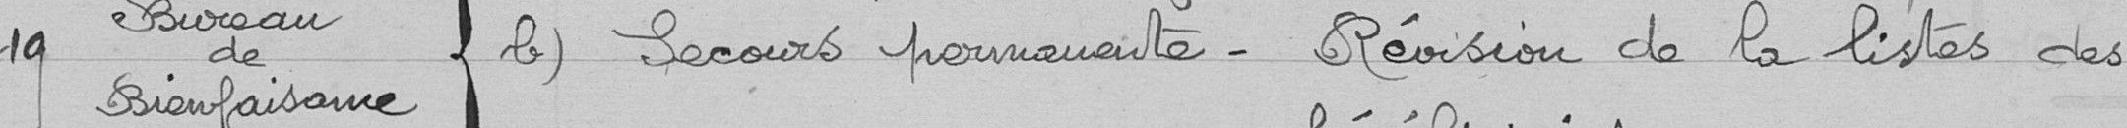
19- Bureau de bienfaisance b) Secours ... révision de la liste des